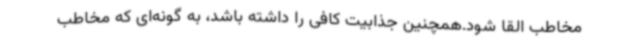
مخاطب القا شود.همچنین جذابیت کافی را داشته باشد، به گونه‌ای که مخاطب